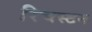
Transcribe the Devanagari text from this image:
रिचस्टन